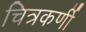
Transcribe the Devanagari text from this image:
चित्रकर्णी